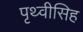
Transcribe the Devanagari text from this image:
पृथ्वीसिह